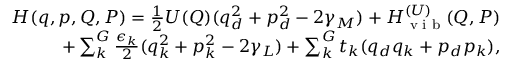
\begin{array} { r } { H ( \boldsymbol { q } , \boldsymbol { p } , \boldsymbol { Q } , \boldsymbol { P } ) = \frac { 1 } { 2 } U ( \boldsymbol { Q } ) ( q _ { d } ^ { 2 } + p _ { d } ^ { 2 } - 2 \gamma _ { M } ) + H _ { \textrm { v i b } } ^ { ( U ) } ( \boldsymbol { Q } , \boldsymbol { P } ) } \\ { + \sum _ { k } ^ { G } \frac { \epsilon _ { k } } { 2 } ( q _ { k } ^ { 2 } + p _ { k } ^ { 2 } - 2 \gamma _ { L } ) + \sum _ { k } ^ { G } t _ { k } ( q _ { d } q _ { k } + p _ { d } p _ { k } ) , } \end{array}